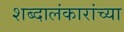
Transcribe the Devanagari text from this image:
शब्दालंकारांच्या